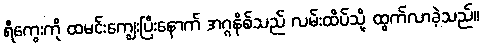
ရီကွေးကို ထမင်းကျွေးပြီးနောက် အဂ္ဂနိစ်သည် လမ်းထိပ်သို့ ထွက်လာခဲ့သည်။